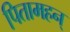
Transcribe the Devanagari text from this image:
पितामहन्